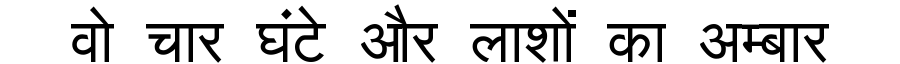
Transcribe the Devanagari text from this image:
वो चार घंटे और लाशों का अम्बार